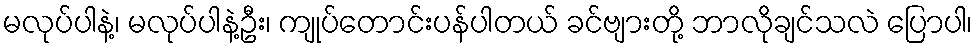
မလုပ်ပါနဲ့၊ မလုပ်ပါနဲ့ဦး၊ ကျုပ်တောင်းပန်ပါတယ် ခင်ဗျားတို့ ဘာလိုချင်သလဲ ပြောပါ၊